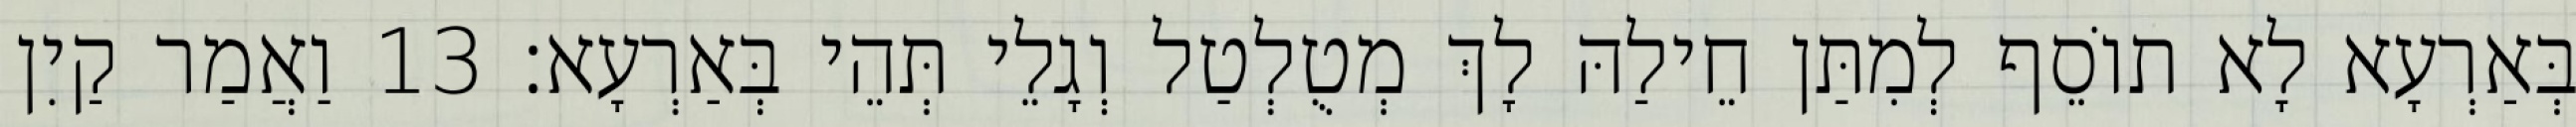
בְּאַרְעָא לָא תוֹסֵף לְמִתַּן חֵילַהּ לָךְ מְטֻלְטַל וְגָלֵי תְּהֵי בְּאַרְעָא׃ 13 וַאֲמַר קַיִן